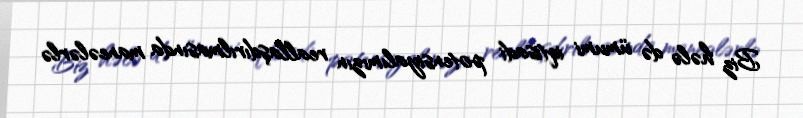
Biz hələ də ümumi iqtisadi potensiyalımızın reallaşdırılmasında maneələrlə